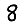
Digit: 8